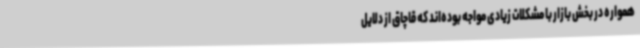
همواره در بخش بازار با مشکلات زیادی مواجه بوده‌اند که قاچاق از دلایل